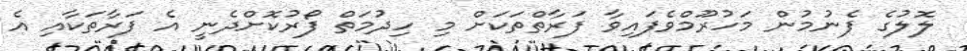
ލޮލުގެ ފެނުމުން މަހުރޫމްވެފައިވާ ފަރާތްތަކަށް މި ހިދުމަތް ފޯރުކޮށްދެނީ އެ ފަރާތަކާއި އެ